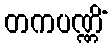
တကပဏ္ဏိံ